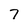
Character: 7